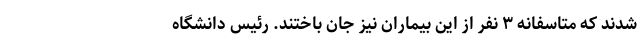
شدند که متاسفانه ۳ نفر از این بیماران نیز جان باختند. رئیس دانشگاه